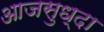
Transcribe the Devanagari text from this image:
आजसुध्दा